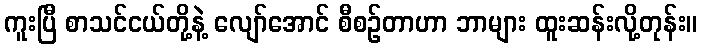
ကူးပြီ စာသင်ငယ်တို့နဲ့ လျော်အောင် စီစဉ်တာဟာ ဘာများ ထူးဆန်းလို့တုန်း။